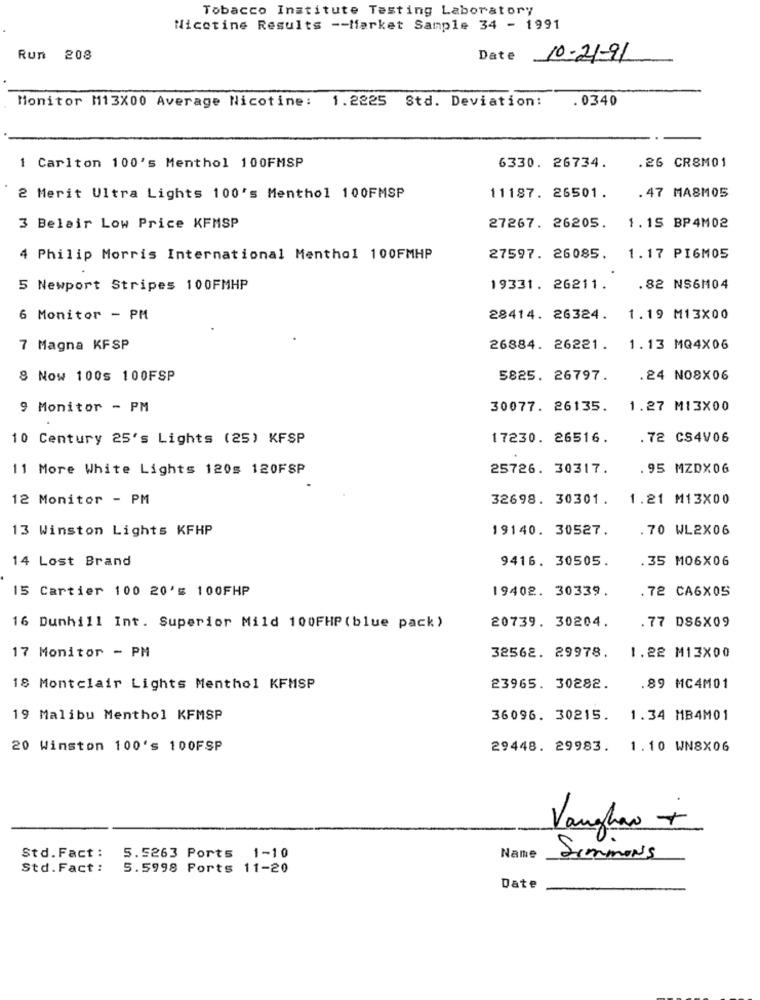
Tobacco Institute Testing Laboratory
Nicotine Results -- Market Sample 34 - 1991
Run 208
Date 10-21-91
Monitor M113X00 Average Nicotine: 1.2225 Std. Deviation:
. 0340
.26 CR8M01
1 Carlton 100's Menthol 100FMSP
6330. 26734.
. 47 MASMOS
2 Merit Ultra Lights 100's Menthol 100FMSP
11187. 26501.
3 Belair Low Price KFMSP
27267. 26205.
1.15 BP4M02
4 Philip Morris International Menthol 100FMHP
27597. 26085.
1.17 PI6M05
5 Newport Stripes 100FMHP
19331. 26211.
.82 NS6M04
6 Monitor - PM
28414. 26324.
1.19 M13X00
7 Magna KFSP
26884. 26221. 1.13 MQ4X06
8 Now 100s 100FSP
5825. 26797.
.24 NO8X06
9 Monitor - PM
30077. 26135.
1.27 M13X00
10 Century 25's Lights (25) KFSP
17230. 26516.
. 72 CS4V06
11 More White Lights 120s 120FSP
25726. 30317.
. 95 MZDX06
12 Monitor - PM
32698. 30301.
1.21 M13X00
13 Winston Lights KFHP
19140. 30527.
70 WL2X06
14 Lost Brand
9416. 30505.
. 35 MO6X06
15 Cartier 100 20's 100FHP
19402. 30339.
. 72 CA6X05
20739. 30204.
.77 DS6X09
16 Dunhill Int. Superior Mild 100FHP (blue pack)
17 Monitor - PM
32562. 29978.
1.22 M13X00
18 Montclair Lights Menthol KFMSP
23965. 30282.
.89 MC4M01
19 Malibu Menthol KFMSP
36096. 30215.
1.34 MB4M01
20 Winston 100's 100FSP
29448. 29983.
1.10 WN8X06
Vaughan +
Std.Fact :
5.5263 Ports 1-10
Name
Simmons
Std. Fact :
5.5998 Ports 11-20
Date